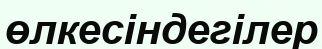
өлкесіндегілер